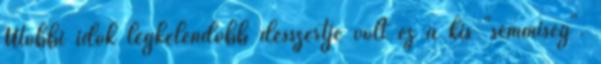
Utóbbi idők legkelendőbb desszertje volt ez a kis "semmiség".